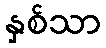
နှစ်သာ